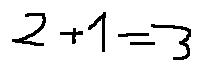
2 + 1 = 3